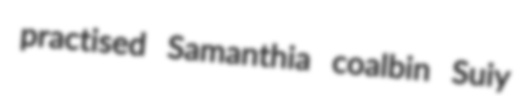
practised Samanthia coalbin Suiy